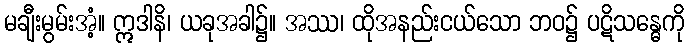
မချီးမွမ်းအံ့။ ဣဒါနိ၊ ယခုအခါ၌။ အဿ၊ ထိုအနည်းငယ်သော ဘဝ၌ ပဋိသန္ဓေကို